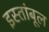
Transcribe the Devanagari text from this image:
इस्तांबूल